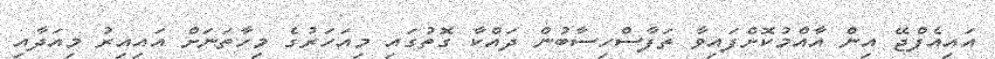
އައިއެފްޖޭ އިން އާއްމުކޮށްފައިވާ ތަފާސްހިސާބުން ދައްކާ ގޮތުގައި މިއަހަރުގެ މިހާތަނަށް އައިއިރު މިއަދާއި